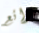
رائع